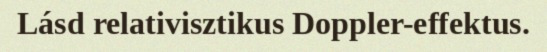
Lásd relativisztikus Doppler-effektus.